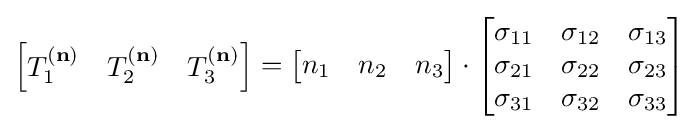
\left[{\begin{matrix}T_{1}^{(\mathbf {n} )}&T_{2}^{(\mathbf {n} )}&T_{3}^{(\mathbf {n} )}\end{matrix}}\right]=\left[{\begin{matrix}n_{1}&n_{2}&n_{3}\end{matrix}}\right]\cdot \left[{\begin{matrix}\sigma _{11}&\sigma _{12}&\sigma _{13}\\\sigma _{21}&\sigma _{22}&\sigma _{23}\\\sigma _{31}&\sigma _{32}&\sigma _{33}\\\end{matrix}}\right]